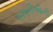
કસબીઓની